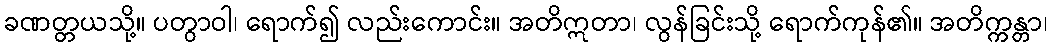
ခဏတ္တယသို့။ ပတွာဝါ၊ ရောက်၍ လည်းကောင်း။ အတိဣတာ၊ လွန်ခြင်းသို့ ရောက်ကုန်၏။ အတိက္ကန္တာ၊